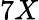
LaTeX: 7X